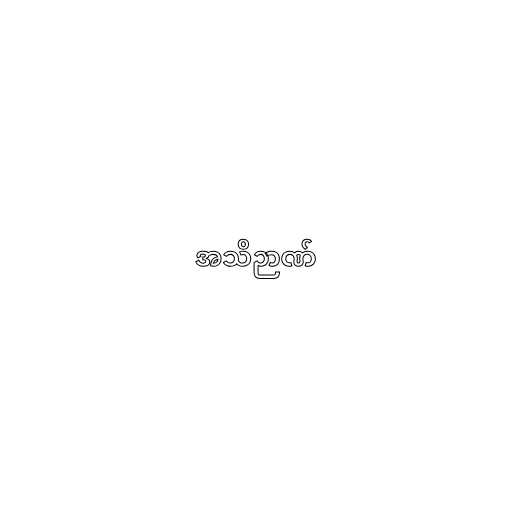
အသိဉာဏ်